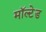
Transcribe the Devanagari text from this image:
मॉल्टेड